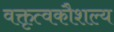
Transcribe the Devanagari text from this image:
वक्तृत्वकौशल्य